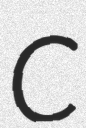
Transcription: C